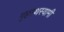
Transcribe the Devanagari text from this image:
गृहस्थस्वामी